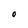
Character: O